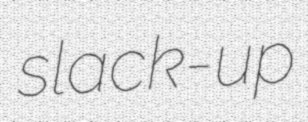
slack-up